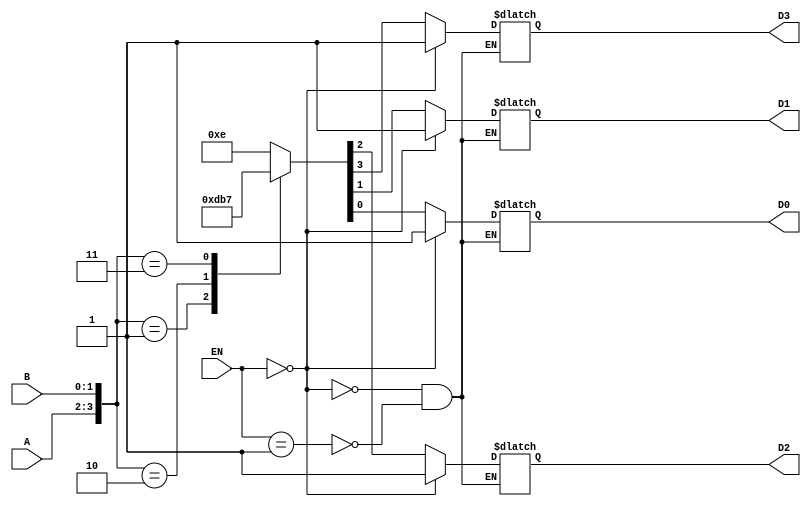
module decoder_2to4 (D3, D2, D1, D0, A, B, EN);			//FAKE ONE
		input [1:0] A, B, EN;
		output D3, D2, D1, D0;
		reg D3, D2, D1, D0;
	
	always @ (A or B or EN) begin
		if (EN == 1'b1)
		case ({A, B})
				2'b00: {D3, D2, D1, D0} = 4'b1110;
				2'b01: {D3, D2, D1, D0} = 4'b1101;
				2'b10: {D3, D2, D1, D0} = 4'b1011;
				2'b11: {D3, D2, D1, D0} = 4'b0111;
				default: {D3, D2, D1, D0} = 4'bXXXX;
			endcase
		if (EN ==0) 
			{D3, D2, D1, D0} = 4'b1111;
		end
		endmodule